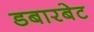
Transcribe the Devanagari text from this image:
डबारबेट